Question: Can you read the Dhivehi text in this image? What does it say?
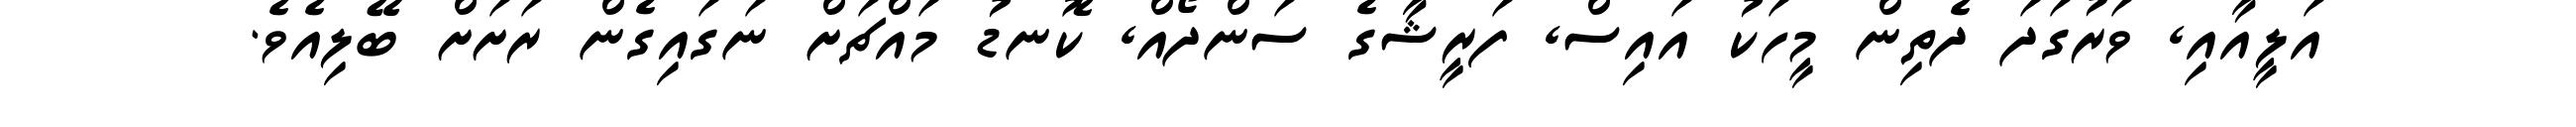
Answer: އަލީއާއި, ވަރުގަދަ ދެތިން މީހަކު އައިސް, ފަރީޝާގެ ސަންދޯއް, ކޮނޑު މައްޗަށް ނަގައިގެން ރަށަށް ބޭލިއެވެ.